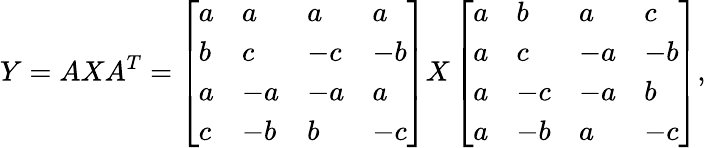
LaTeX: Y=AXA^{T}=\left[\begin{array}{llll}{a}&{a}&{a}&{a}\\ {b}&{c}&{-c}&{-b}\\ {a}&{-a}&{-a}&{a}\\ {c}&{-b}&{b}&{-c}\end{array}\right]X\left[\begin{array}{llll}{a}&{b}&{a}&{c}\\ {a}&{c}&{-a}&{-b}\\ {a}&{-c}&{-a}&{b}\\ {a}&{-b}&{a}&{-c}\end{array}\right],